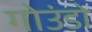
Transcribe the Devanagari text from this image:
गोउंडो